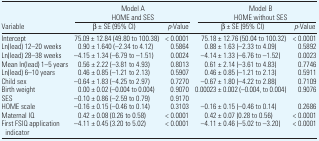
|  | <COLSPAN=2> Model A HOME and SES | <COLSPAN=2> Model B HOME without SES |
 | Variable | β ± SE (95% CI) | p-Value | β ± SE (95% CI) | p-Value |
 | --- | --- | --- | --- | --- |
 | Intercept | 75.09 ± 12.84 (49.80 to 100.38) | < 0.0001 | 75.18 ± 12.76 (50.04 to 100.32) | < 0.0001 |
 | Ln(lead) 12–20 weeks | 0.90 ± 1.640 (−2.34 to 4.12) | 0.5864 | 0.88 ± 1.63 (−2.33 to 4.09) | 0.5892 |
 | Ln(lead) 28–38 weeks | −4.15 ± 1.34 (−6.79 to −1.51) | 0.0024 | −4.14 ± 1.33 (−6.76 to −1.52) | 0.0023 |
 | Mean ln(lead) 1–5 years | 0.56 ± 2.22 (−3.81 to 4.93) | 0.8013 | 0.61 ± 2.14 (−3.61 to 4.83) | 0.7746 |
 | Ln(lead) 6–10 years | 0.46 ± 0.85 (−1.21 to 2.13) | 0.5907 | 0.46 ± 0.85 (−1.21 to 2.13) | 0.5911 |
 | Child sex | −0.64 ± 1.83 (−4.25 to 2.97) | 0.7270 | −0.67 ± 1.80 (−4.22 to 2.88) | 0.7109 |
 | Birth weight | 0.00 ± 0.02 (−0.004 to 0.004) | 0.9070 | 0.00023 ± 0.002 (−0.004, to 0.004) | 0.9076 |
 | SES | −0.10 ± 0.86 (−2.59 to 0.79) | 0.9170 |  |  |
 | HOME scale | −0.16 ± 0.15 (−0.46 to 0.14) | 0.3103 | −0.16 ± 0.15 (−0.46 to 0.14) | 0.2686 |
 | Maternal IQ | 0.42 ± 0.08 (0.26 to 0.58) | < 0.0001 | 0.42 ± 0.07 (0.28 to 0.56) | < 0.0001 |
 | First FSIQ application indicator | −4.11 ± 0.45 (3.20 to 5.02) | < 0.0001 | −4.11 ± 0.46 (−5.02 to −3.20) | < 0.0001 |